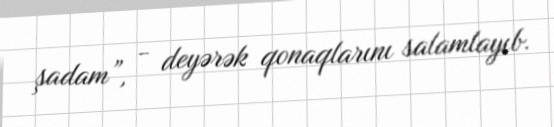
şadam”, - deyərək qonaqlarını salamlayıb.